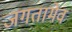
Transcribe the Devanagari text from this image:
जगतामेव